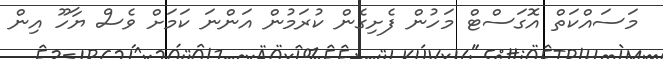
މަސައްކަތް އޮގަސްޓް މަހުން ފެށިގެން ކުރަމުން އަންނަ ކަމަށް ވެސް ޔާހޫ އިން